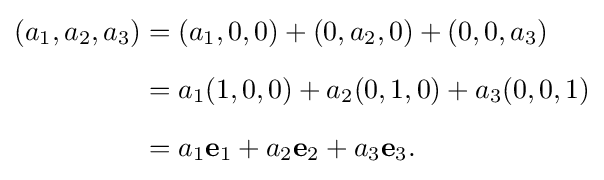
{\begin{aligned}(a_{1},a_{2},a_{3})&=(a_{1},0,0)+(0,a_{2},0)+(0,0,a_{3})\\[6pt]&=a_{1}(1,0,0)+a_{2}(0,1,0)+a_{3}(0,0,1)\\[6pt]&=a_{1}\mathbf {e} _{1}+a_{2}\mathbf {e} _{2}+a_{3}\mathbf {e} _{3}.\end{aligned}}